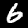
Label: 6